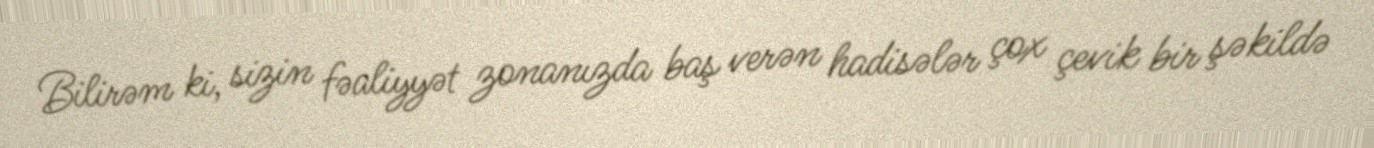
Bilirəm ki, sizin fəaliyyət zonanızda baş verən hadisələr çox çevik bir şəkildə